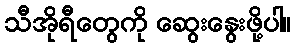
သီအိုရီတွေကို ဆွေးနွေးဖို့ပါ။